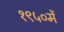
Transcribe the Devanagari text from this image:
१९५०में